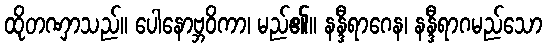
ထိုတဏှာသည်။ ပေါနောဗ္ဘဝိကာ၊ မည်၏။ နန္ဒီရာဂေန၊ နန္ဒီရာဂမည်သော